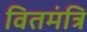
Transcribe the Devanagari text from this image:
वितमंत्रि